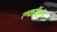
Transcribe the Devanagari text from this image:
क्लॉवर्ट